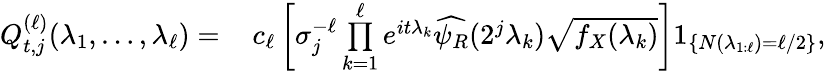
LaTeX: \begin{array}{rl}{Q_{t,j}^{(\ell)}(\lambda_{1},\ldots,\lambda_{\ell})=}&{\, c_{\ell}\left[\sigma_{j}^{-\ell}\overset{\ell}{\underset{k=1}{\prod}}e^{it\lambda_{k}}\widehat{\psi_{R}}(2^{j}\lambda_{k})\sqrt{f_{X}(\lambda_{k})}\right]1_{\{ N(\lambda_{1:\ell})=\ell/2\} },}\end{array}